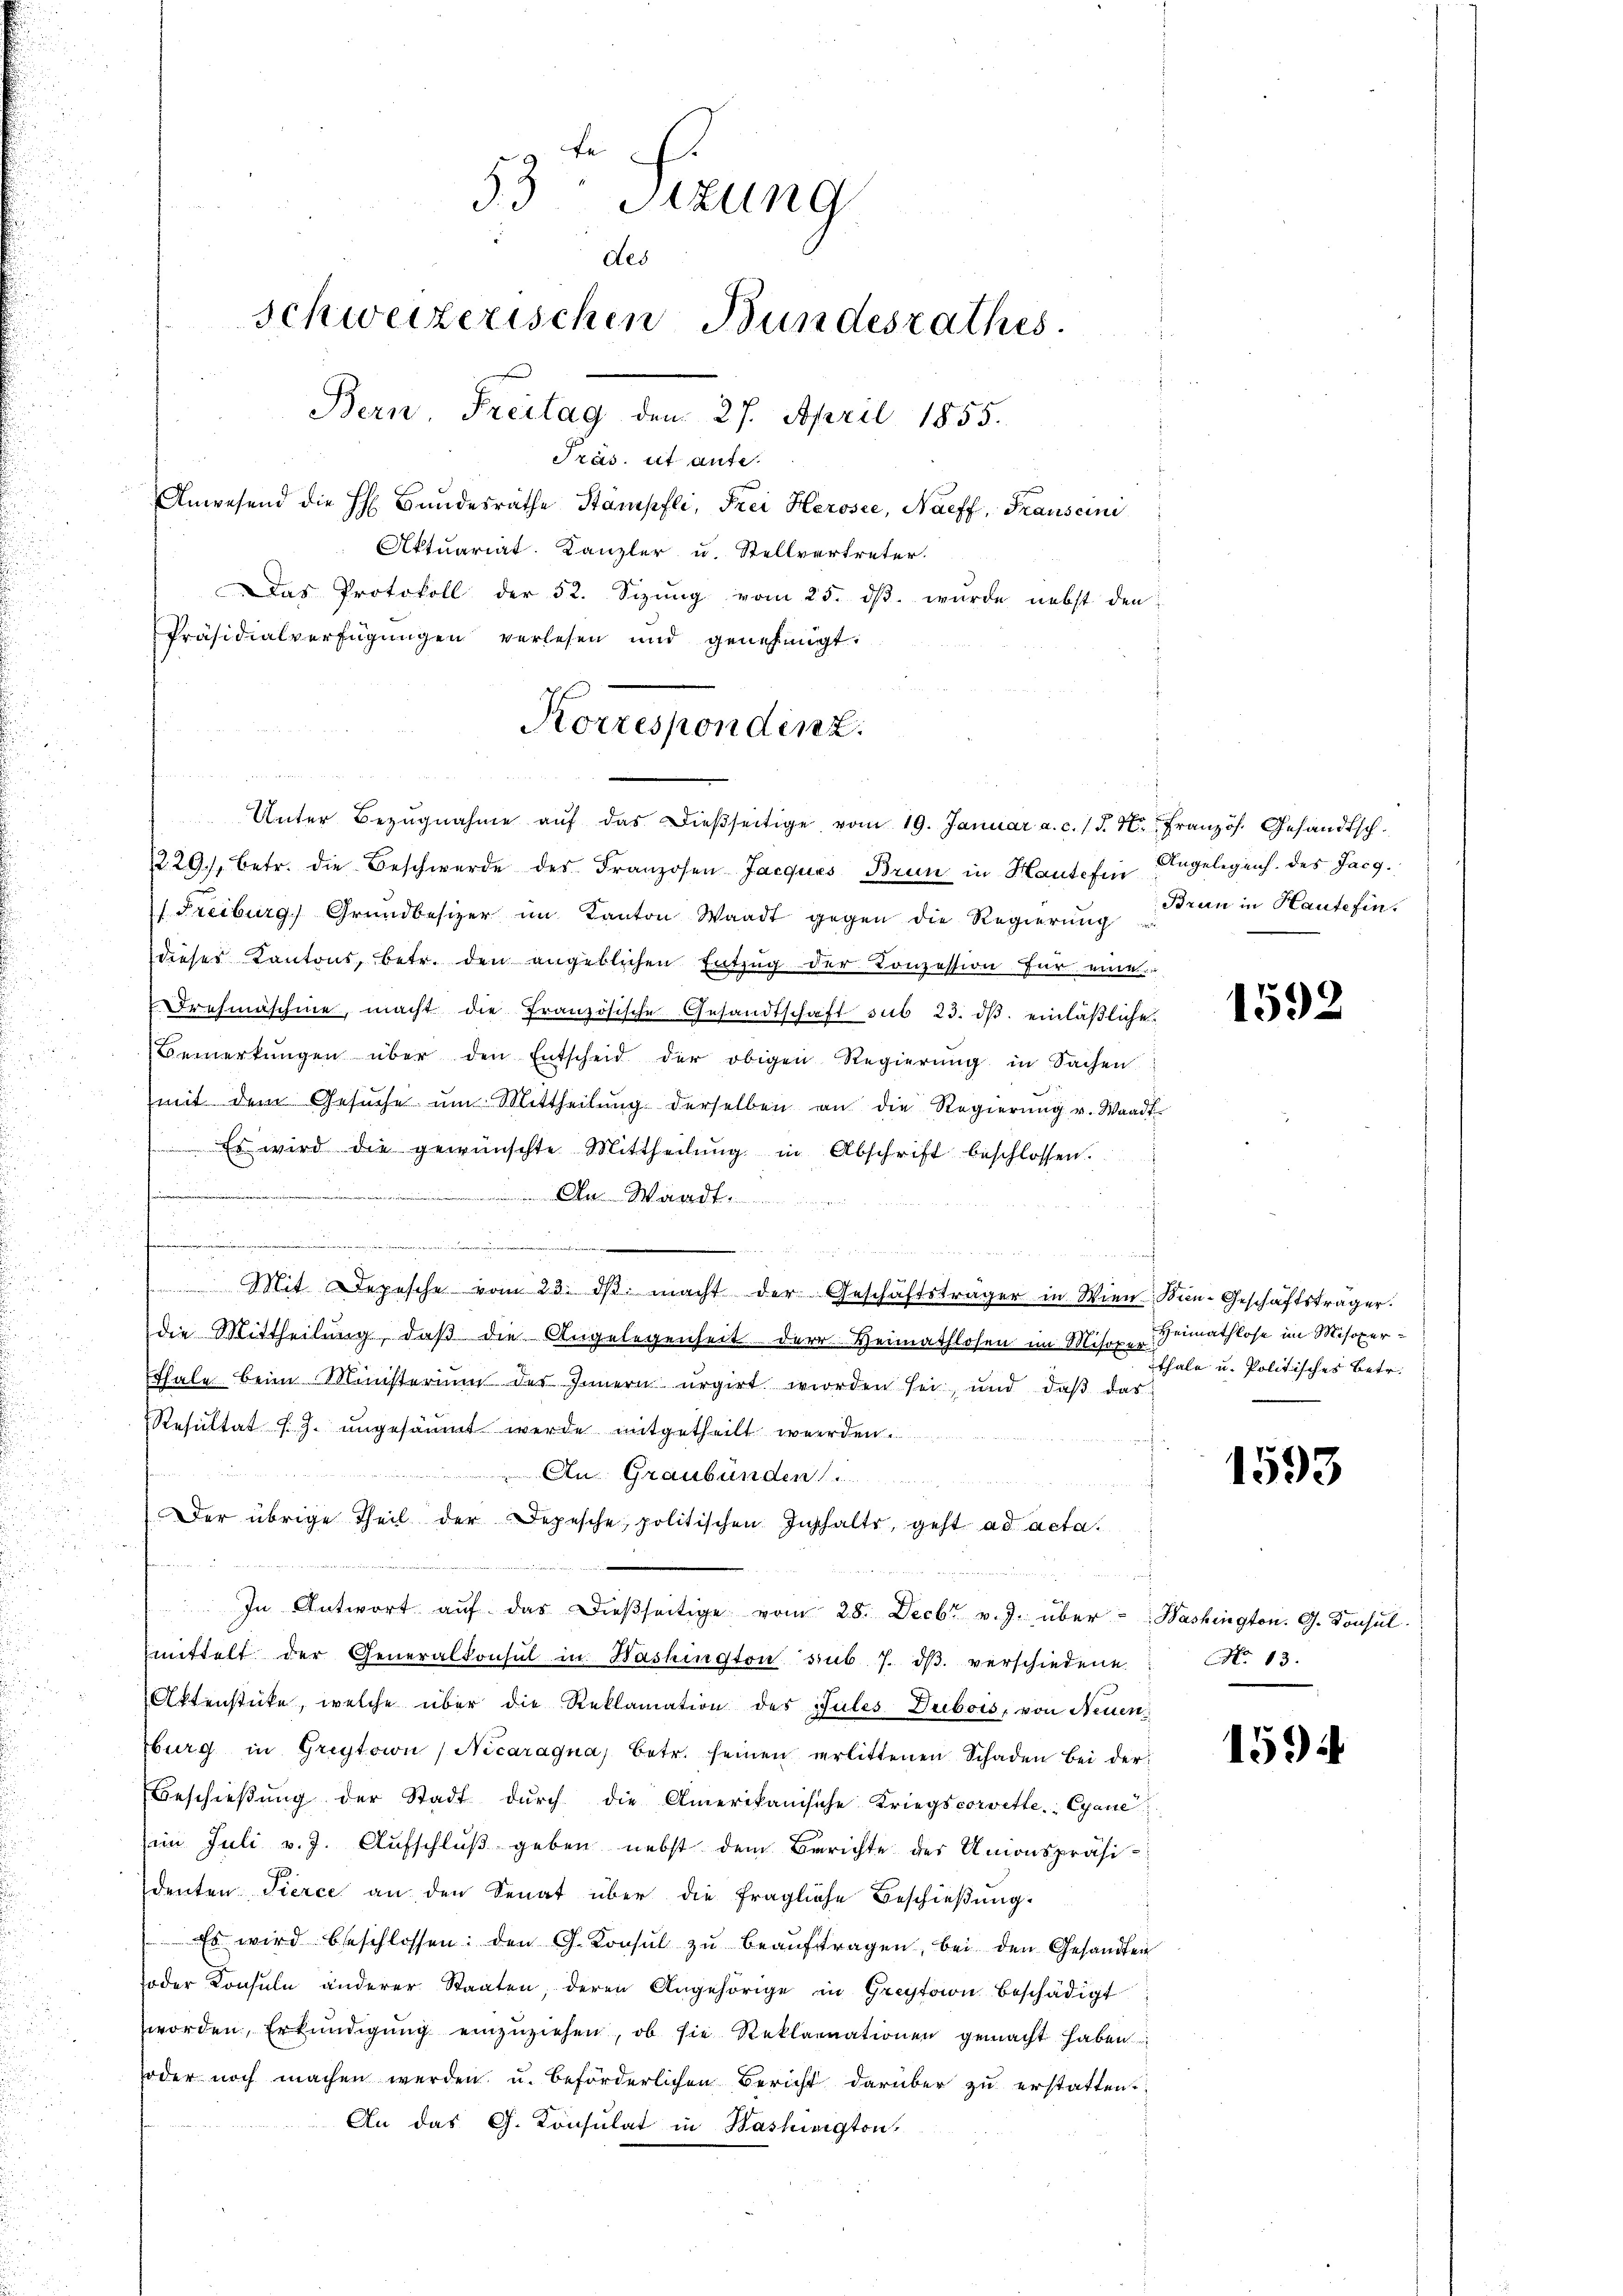
53 Tizung
des
schweizerischen Bundesrathes.
Bern, Freitag den 27. April 1855.
Präs. et aufe.
Anwesend die h. Bundesrathe Stampfli, Frei Herosee, Naeff, Transcini
Aktuariat. Kanzler u. Stellvertreter.
Das Protokoll der 52. Sizung vom 25. ds. wurde nebst den
Präsidialverfügungen verlesen und genehmigt.

Korrespondinz.

Unter Bezŭgnahme aŭf das dießseitige vom 19. Januar a. c. §. 4. Französ. Gesandtsch
229/, betr. die Beschwerde des Franzosen Jacques Brun in Haute fin Angelegenh. des Jacg.
 Freiburg, Grundbesizer im Kanton Waadt gegen die Regierung Brun in Hausefindieses Kantons, betr. den angeblichen Entzug der Conzession für eine
Drehmaschine, macht die Französische Gesandtschaft sub 23. dβ einläβliche
Bemerkŭngen über den Entscheid der obigen Regierŭng in Sachen
(mit dem Gesŭche um Mittheilŭng derselben an die Regierung v. Waadt
 Es wird die gewünschte Mittheilŭng in Abschrift beschlossen.
n
d
2
u

.

g
Mit Depesche vom 23. dβ. macht der Geschäftsträger in Wien Kin-Geschäftsträger.
die Mittheilung, daß die Angelegenheit der Heimathlosen im Wesen habe u. Politisches Betr.
Ethale beim Ministerium des Innern urgirt worden sei, und daβ das
Resultat J. J. ungesäumt werde mitgetheilt werden.
An Graubünden
Der übrige Theil der Depesche, politischen Inschalte, geht ad acta.

In Antwort aŭf das dieβseitige vom 28. Decbr v. J. über Washington. G. Konsul
mmittelt der Generalkonsul in Washington sub 7. dβ verschiedene
Aktenstücke, welche über die Reklamation des Jules Dubois, von Neuen
burg in Greytaion Nicaragna, betr. seinen verlittenen Schaden bei der
Beschieβŭng der Stadt dŭrch die Amerikanische Kriegscorvette.- Eyane
im Juli v. J. Aufschluß geben nebst dem Berichte des Unionspräsi-
denten Tierce an den Senat über die fragliche Beschießung.
 Es wird beschlossen: den G. Konsŭl zŭ beaŭftragen, bei den Gesandten
Joder Konsule anderer Staaten, deren Angehörige in Greytaion beschädigt
worden, Erkundigung einzuziehen, ob sie Reklamationen gemacht haben
oder noch machen werden u. beförderlichen Bericht darüber zu erstatten.
An das Ch. Konsulat in Washington,

1592

Heimathlose im Misoxer¬

1593

No. 13.

1594